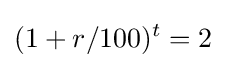
(1+r/100)^{t}=2